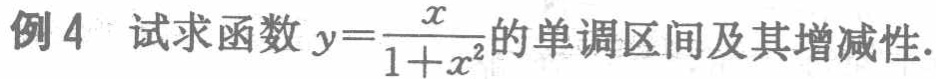
例4 试求函数 \(y = \frac{x}{1 + x^{2}}\) 的单调区间及其增减性.